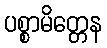
ပစ္စာမိတ္တေန